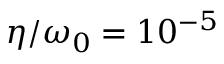
\eta / \omega _ { 0 } = 1 0 ^ { - 5 }